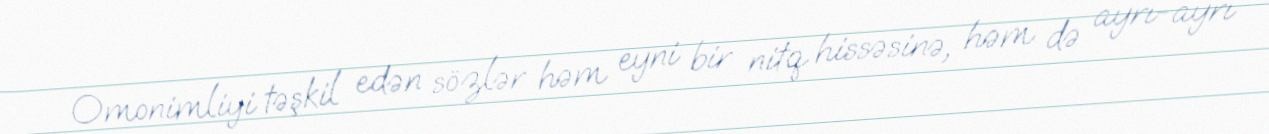
Omonimliyi təşkil edən sözlər həm eyni bir nitq hissəsinə, həm də ayrı-ayrı